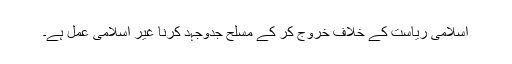
اسلامی ریاست کے خلاف خروج کر کے مسلح جدوجہد کرنا غیر اسلامی عمل ہے۔